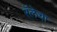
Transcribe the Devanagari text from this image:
रॅलेचा